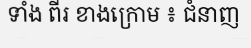
ទាំង ពីរ ខាងក្រោម ៖ ជំនាញ